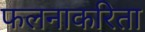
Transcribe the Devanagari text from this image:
फलनाकरिता